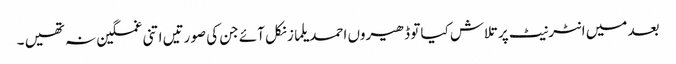
بعد میں انٹرنیٹ پر تلاش کیا تو ڈھیروں احمد یلماز نکل آئے جن کی صورتیں اتنی غمگین نہ تھیں ۔